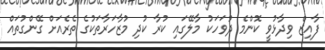
ފާއިޒް ވިދާޅުވީ ކޮންމެ ދުވަހަކު މާލޭގައި ކުރާ ކުދި މުޒާހަރާތަކުގެ ތެރެއަށް ގޭންގުތައް